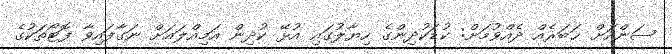
ސަންއަށް ޚަބަރެއް ދެއްވުމަށް: ކުޑަކުދިންގެ ހިޔާލުގައި އުޅޭ ކުދިން އަމިއްލައަށް ނަގާފައިވާ ފޮޓޯތަކުގެ